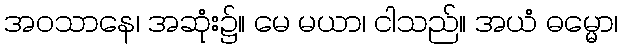
အဝသာနေ၊ အဆုံး၌။ မေ မယာ၊ ငါသည်။ အယံ ဓမ္မော၊